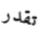
تقدر